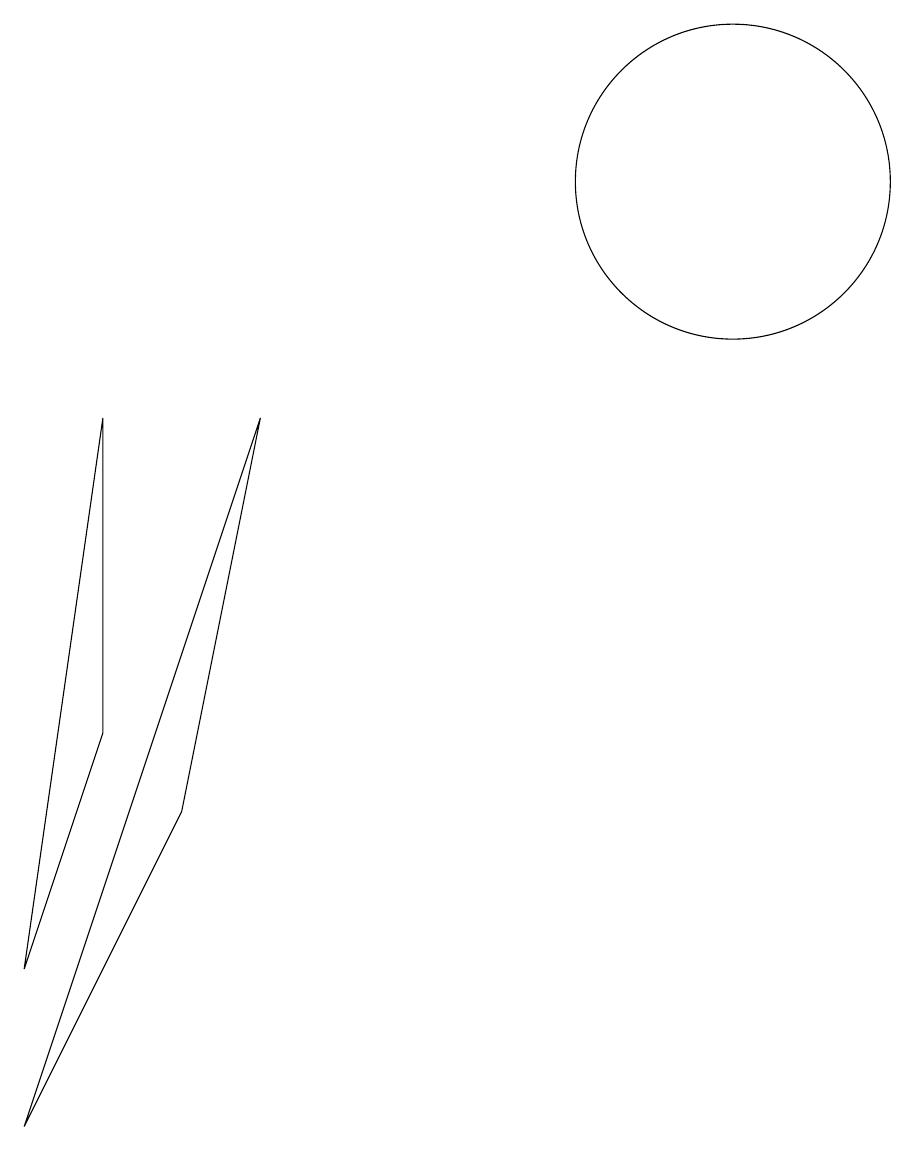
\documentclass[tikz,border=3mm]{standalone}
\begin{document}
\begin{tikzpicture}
\draw (10,12) circle (2);
\draw (2,9) -- (1,2) -- (2,5) -- cycle;
\draw (3,4) -- (1,0) -- (4,9) -- cycle;
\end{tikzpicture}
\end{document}